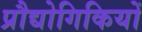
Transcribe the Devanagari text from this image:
प्रौद्योगिकियों